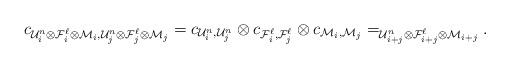
LaTeX: \begin{align*}c_{\mathcal U_i^n \otimes \mathcal F_i^\ell \otimes \mathcal M_i, \mathcal U_j^n \otimes \mathcal F_j^\ell \otimes \mathcal M_j} = c_{\mathcal U_i^n, \mathcal U_j^n} \otimes c_{\mathcal F_i^\ell, \mathcal F_j^\ell} \otimes c_{\mathcal M_i, \mathcal M_j} = _{\mathcal U_{i+j}^n \otimes \mathcal F_{i+j}^\ell \otimes \mathcal M_{i+j}}.\end{align*}